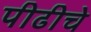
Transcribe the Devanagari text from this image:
पीढीचे